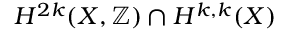
H ^ { 2 k } ( X , \mathbb { Z } ) \cap H ^ { k , k } ( X )